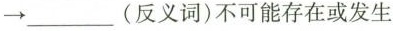
→___(反义词)不可能存在或发生